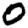
Digit: 0